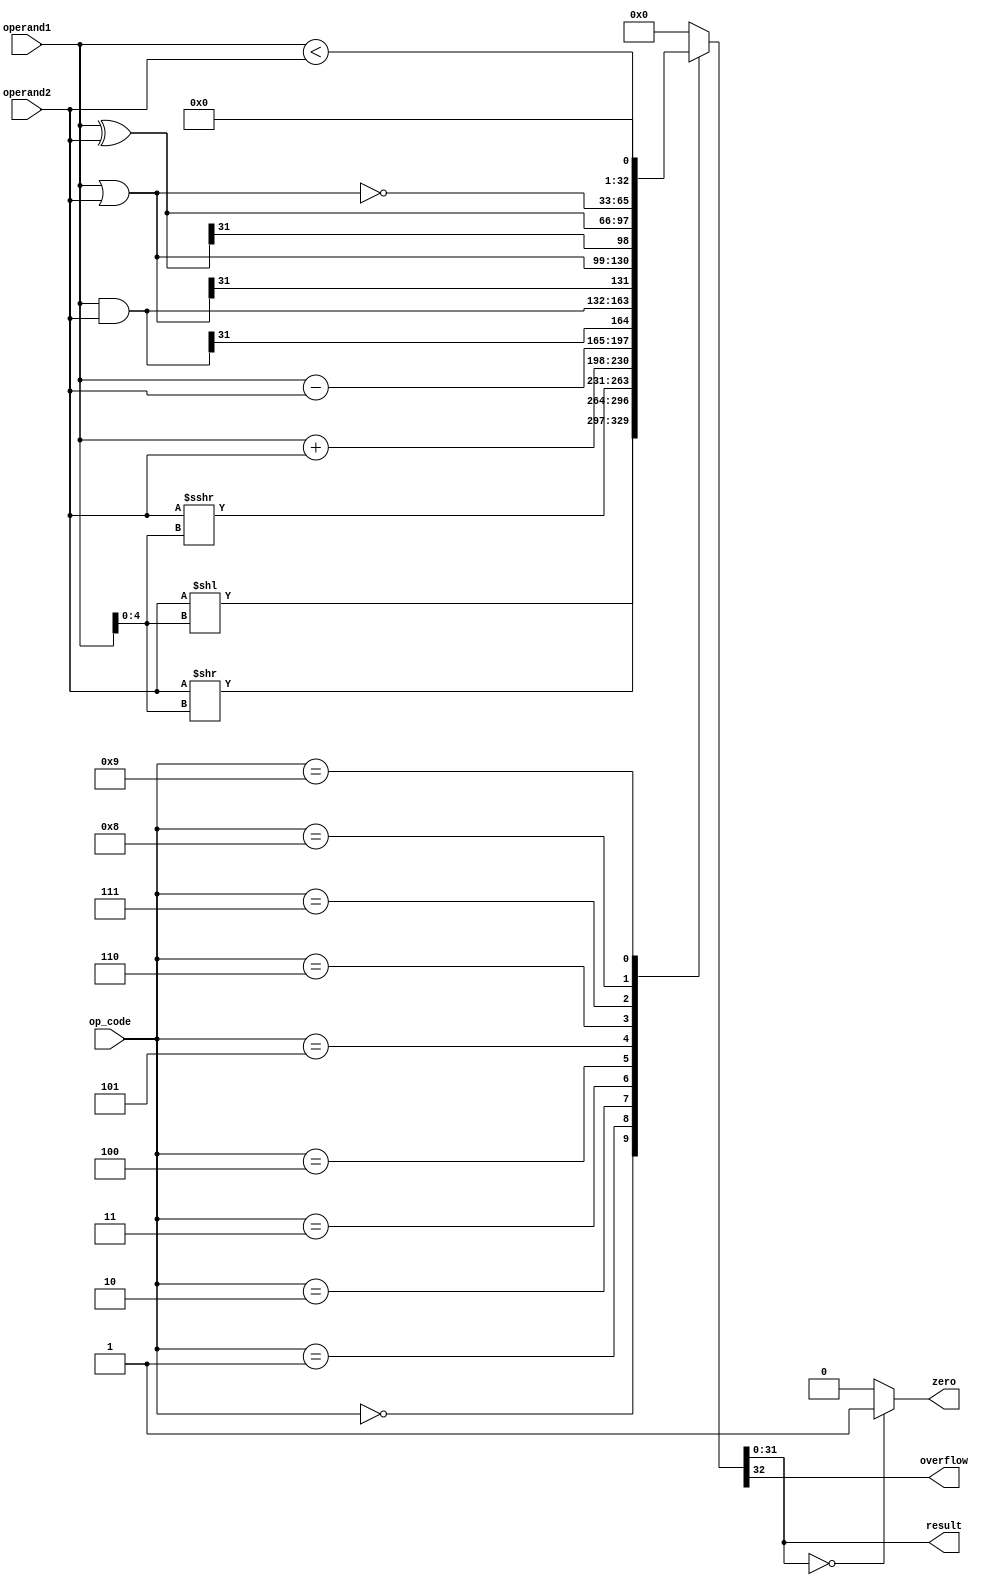
module ALU #(parameter N=32)(
    input [3:0] op_code,
	 input signed [N-1:0] operand1,
    input signed [N-1:0] operand2,
	 output reg signed [N-1:0] result,
	 output reg zero,
	 output reg overflow
    );
	 
    always @(*) begin
	 /*El op_code para cada operacion debe definirse*/
		case(op_code)
			0: {overflow,result} = operand2 <<  operand1[4:0];							//SLL
			1: {overflow,result} = operand2 >>  operand1[4:0];							//SRL
			2: {overflow,result} = operand2 >>> operand1[4:0];							//SRA
			3: {overflow,result} = operand1 + operand2 ;									//ADD
			4: {overflow,result} = operand1 - operand2;									//SUB
			5: {overflow,result} = operand1 & operand2;									//AND
			6: {overflow,result} = operand1 | operand2;									//OR
			7: {overflow,result} = operand1 ^ operand2;									//XOR
			8: {overflow,result} = ~(operand1 | operand2);								//NOR
			9: {overflow,result} = (operand1 < operand2);								//SLT
			default: {overflow,result} = 0;
		endcase	
		zero= (result==0)? 1'b1:1'b0;
	end

endmodule